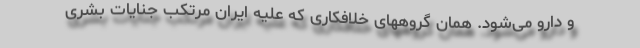
و دارو می‌شود. همان گروههای خلافکاری که علیه ایران مرتکب جنایات بشری